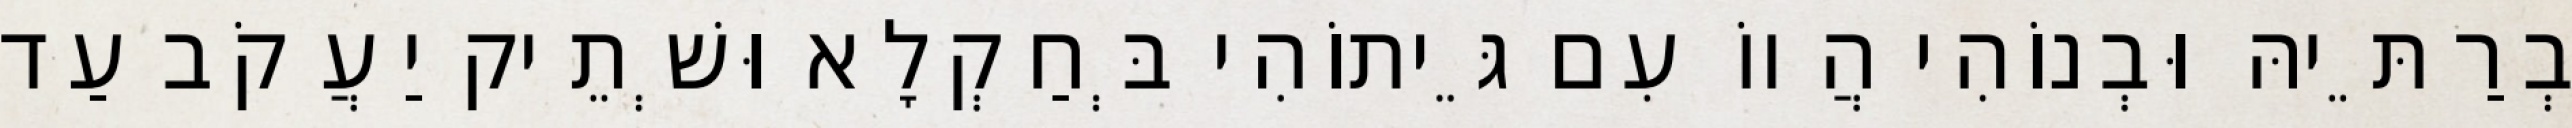
בְרַתֵּיהּ וּבְנוֹהִי הֲווֹ עִם גֵּיתוֹהִי בְּחַקְלָא וּשְׁתֵיק יַעֲקֹב עַד